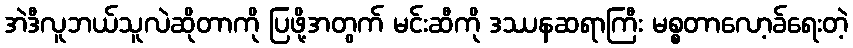
အဲဒီလူဘယ်သူလဲဆိုတာကို ပြဖို့အတွက် မင်းဆီကို ဒဿနဆရာကြီး မစ္စတာလော့ခ်ရေးတဲ့